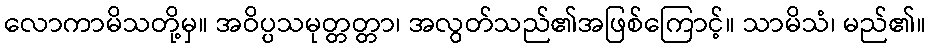
လောကာမိသတို့မှ။ အဝိပ္ပသမုတ္တတ္တာ၊ အလွတ်သည်၏အဖြစ်ကြောင့်။ သာမိသံ၊ မည်၏။